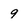
Character: 9